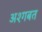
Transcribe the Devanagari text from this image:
अश्गबत